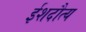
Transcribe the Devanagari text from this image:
ईशदौत्य